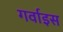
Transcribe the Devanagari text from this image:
गर्वाइस